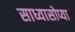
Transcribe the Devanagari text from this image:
साध्यासोप्या